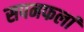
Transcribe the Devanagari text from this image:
सपनफलां